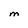
Character: M